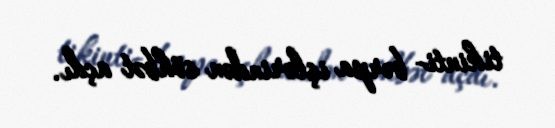
tikinti- bərpa işlərindən söhbət açdı.